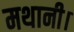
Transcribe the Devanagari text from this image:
मथानी।